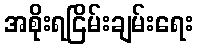
အစိုးရငြိမ်းချမ်းရေး